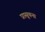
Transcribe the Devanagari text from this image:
प्रासूचना